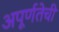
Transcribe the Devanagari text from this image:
अपूर्णतेची